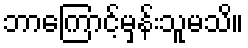
ဘာကြောင့်မှန်းသူမသိ။